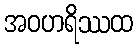
အဝဟရိဿထ